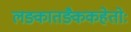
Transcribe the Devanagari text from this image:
लङ्कातङ्कैकहेतोः